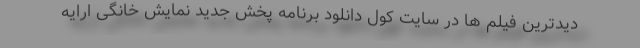
دیدترین فیلم ها در سایت کول دانلود برنامه پخش جدید نمایش خانگی ارایه